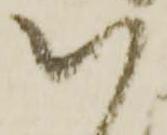
い